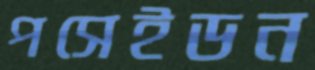
পসেইডন